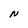
Character: N